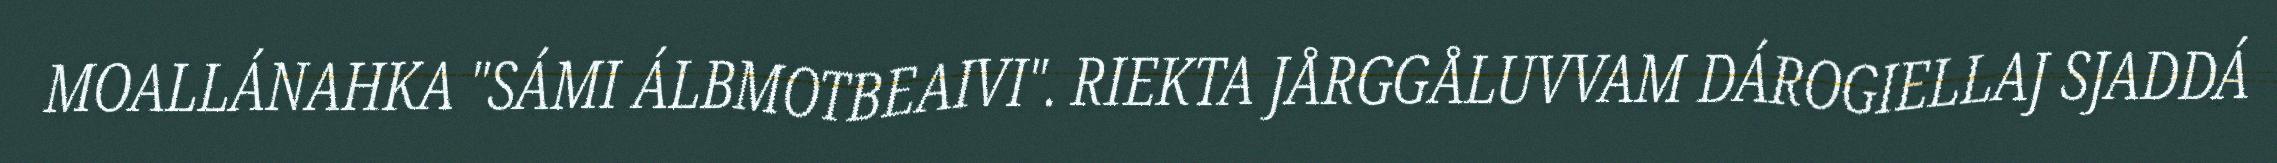
MOALLÁNAHKA "SÁMI ÁLBMOTBEAIVI". RIEKTA JÅRGGÅLUVVAM DÁROGIELLAJ SJADDÁ